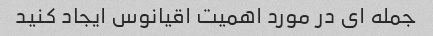
جمله ای در مورد اهمیت اقیانوس ایجاد کنید